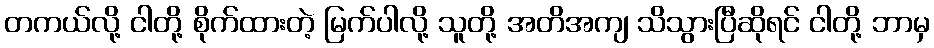
တကယ်လို့ ငါတို့ စိုက်ထားတဲ့ မြက်ပါလို့ သူတို့ အတိအကျ သိသွားပြီဆိုရင် ငါတို့ ဘာမှ